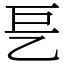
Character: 乬